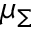
\mu _ { \Sigma }